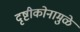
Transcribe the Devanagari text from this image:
दृष्टीकोनामुळे